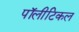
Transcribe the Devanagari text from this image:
पॉलीटिकल